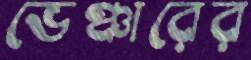
ভেঞ্চারের